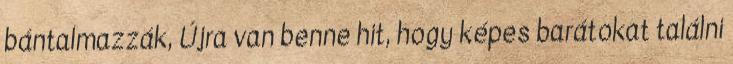
bántalmazzák, Újra van benne hit, hogy képes barátokat találni